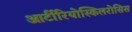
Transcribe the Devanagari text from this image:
आर्टीरियोस्किलरोसिस